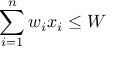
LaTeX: \sum _ { i = 1 } ^ { n } w _ { i } x _ { i } \leq W